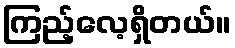
ကြည့်လေ့ရှိတယ်။